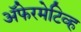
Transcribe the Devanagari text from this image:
अॅफेरमेटिव्ह